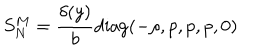
S _ { N } ^ { M } = \frac { \delta ( y ) } { b } \mathrm { d i a g } ( - \rho , p , p , p , 0 )